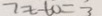
7 x - 1 0 = 3